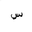
Letter: _sin